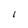
Character: l